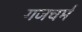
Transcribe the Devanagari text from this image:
गजचर्म